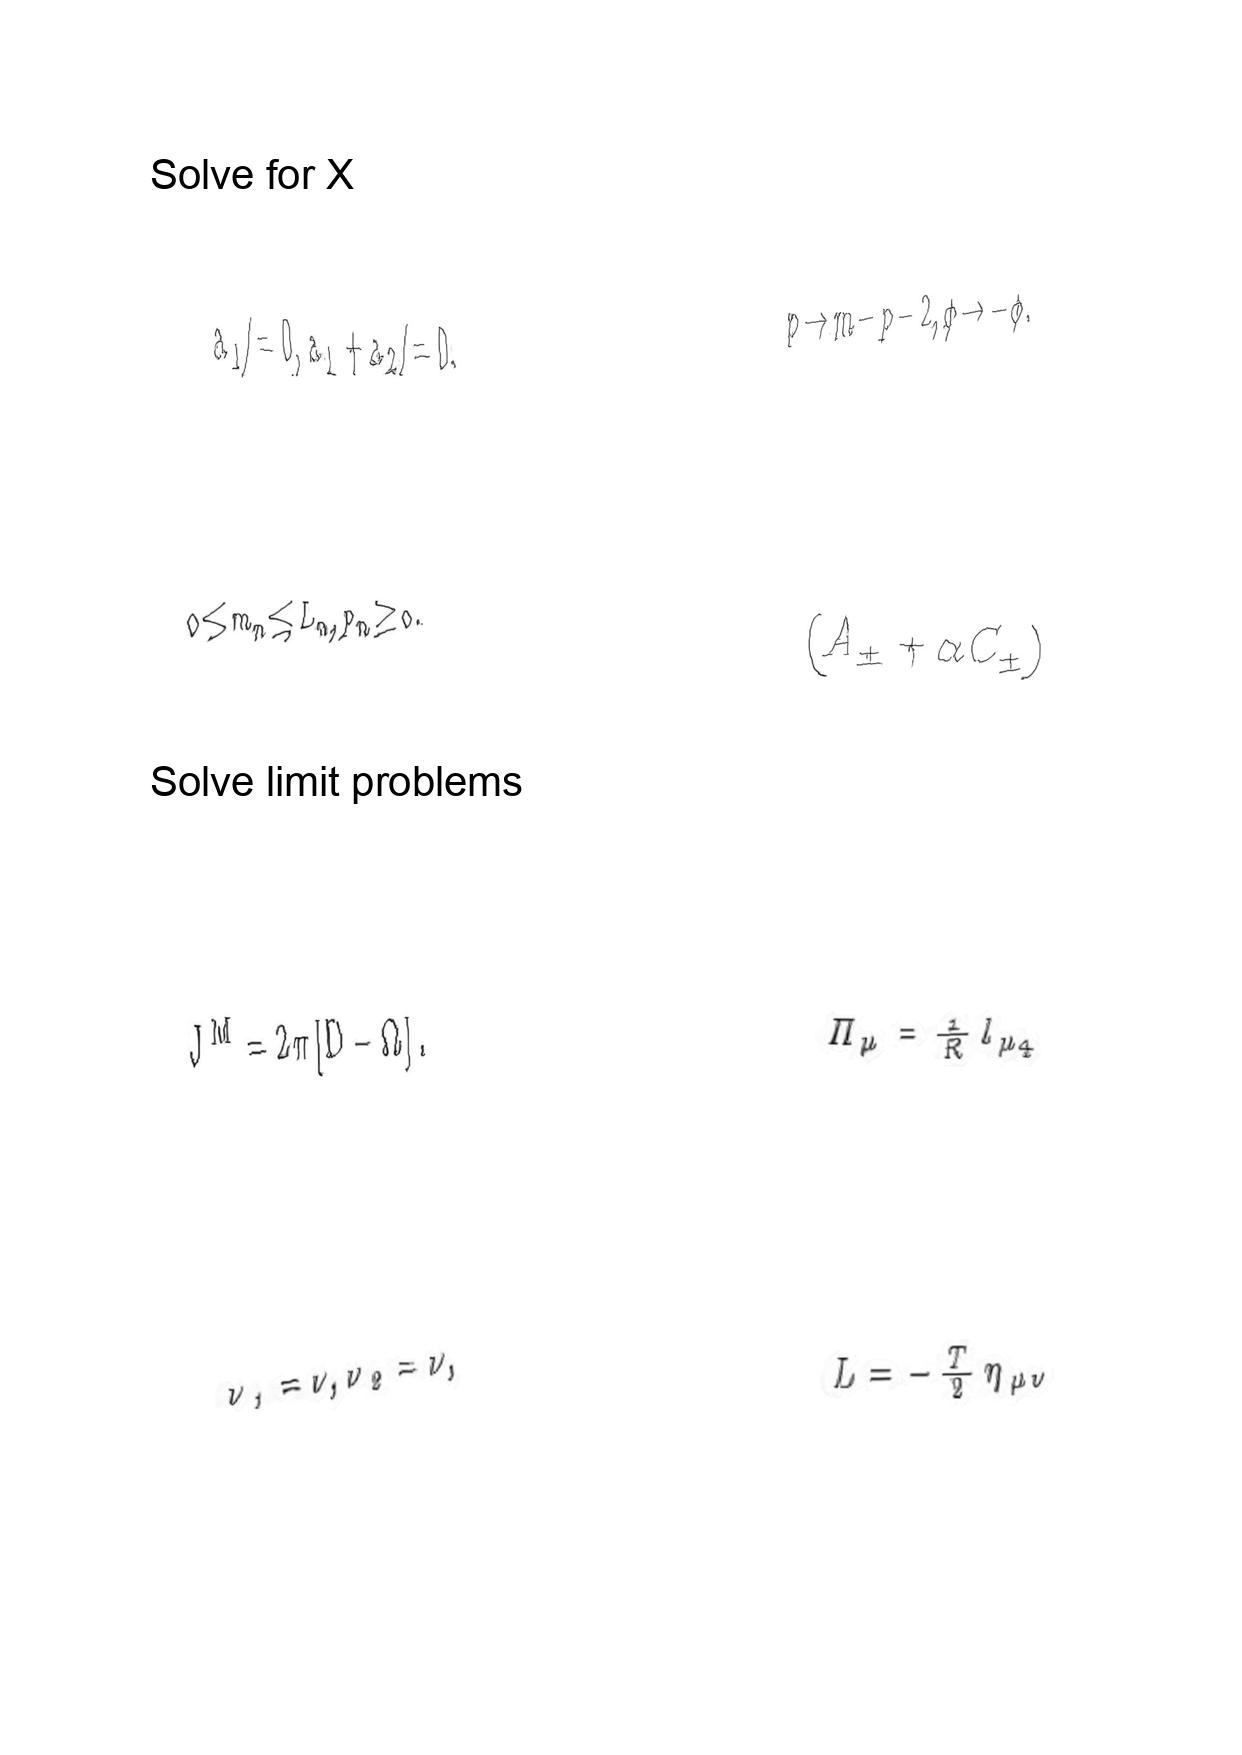
LaTeX transcription:
a _ { 1 } \neq 0 , a _ { 1 } + a _ { 2 } \neq 0 ,
0 \le m _ { n } \le L _ { n } , p _ { n } \ge 0 .
J ^ { M } = 2 \pi \lbrack D - \Omega \rbrack .
\nu _ { 1 } = \nu , \nu _ { 2 } = \nu ,
p \to m - p - 2 , \phi \to - \phi .
\lparen A _ { \pm } + \alpha C _ { \pm } \rparen
\Pi _ { \mu } = \frac { 1 } { R } l _ { \mu 4 }
L = - \frac { T } { 2 } \eta _ { \mu \nu }